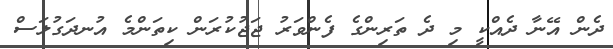
ދެން އޭނާ ދެއްކީ މި ދެ ތަރިންގެ ފެންވަރު ޖަޖުކުރަން ކިތަންމެ އުނދަގުލަސް